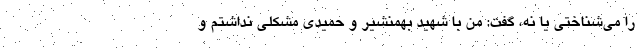
را می‌شناختی یا نه، گفت: من با شهید بهمنشیر و حمیدی مشکلی نداشتم و